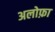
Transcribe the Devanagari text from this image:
अलोफ़ा